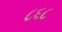
૮૬૮